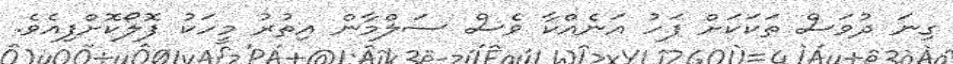
ގިނަ ދުވަސް ތަކަކަށް ފަހު އަނެއްކާ ވެސް ސަލްމާން އިތުރު މީހަކު ފޮލޯކޮށްފިއެވެ.